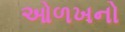
ઓળખનો